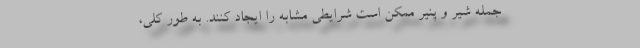
جمله شیر و پنیر ممکن است شرایطی مشابه را ایجاد کنند. به طور کلی،